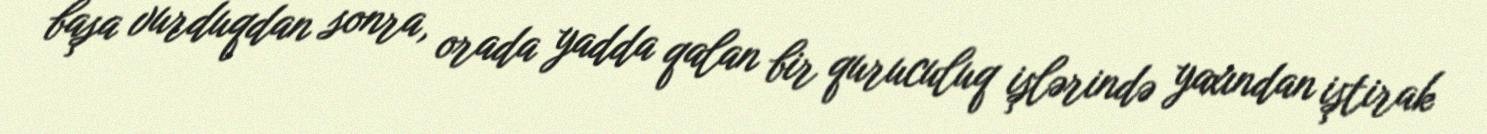
başa vurduqdan sonra, orada yadda qalan bir quruculuq işlərində yaxından iştirak